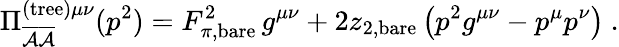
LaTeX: \Pi_{\overline{{{\cal A}}}\overline{{{\cal A}}}}^{\mathrm{(tree)}\mu\nu}(p^{2})=F_{\pi,\mathrm{bare}}^{2}\, g^{\mu\nu}+2z_{2,\mathrm{bare}}\left(p^{2}g^{\mu\nu}-p^{\mu}p^{\nu}\right)\ .